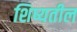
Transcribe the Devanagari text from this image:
शिष्यतील